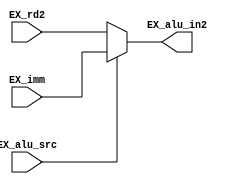
`ifndef _mux_alu_v_
`define _mux_alu_v_
`endif

module mux_alu(EX_rd2, EX_imm, EX_alu_src, EX_alu_in2);

  input wire [31:0] EX_rd2, EX_imm;
  input wire EX_alu_src;
  
  output wire [31:0] EX_alu_in2;
  
  assign EX_alu_in2 = (EX_alu_src) ? (EX_imm) : (EX_rd2);

endmodule